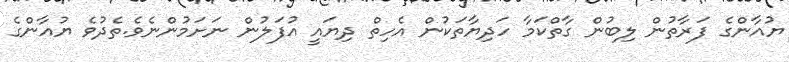
ޔުއާންގެ ފަރާތުން ލިބުން ގާތްކަމާ ހަދިޔާތަކުން އެހިތް ދިޔައީ އުފަލުން ނަށަމުންނެވެ.ތެދުވެ ޔުއާންގެ